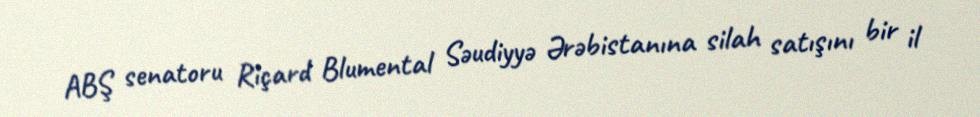
ABŞ senatoru Riçard Blumental Səudiyyə Ərəbistanına silah satışını bir il